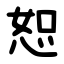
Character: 恕